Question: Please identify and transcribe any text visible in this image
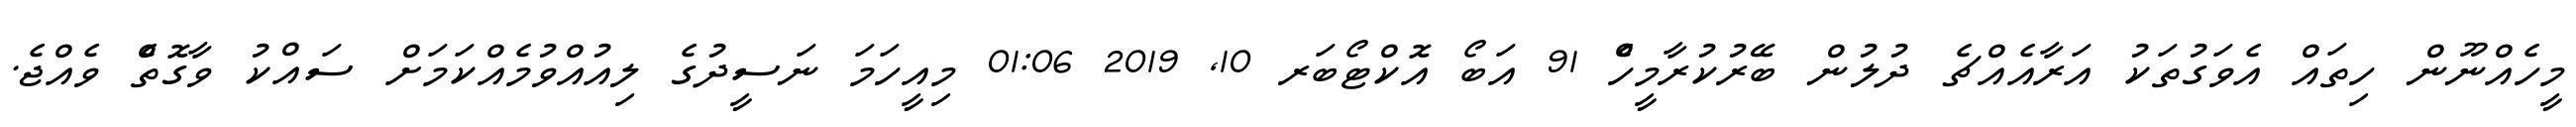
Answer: މީހެއްނޫން ހިތައް އެވަގުތަކު އަރާއެއްޗެ ދުލުން ބޭރުކުރާމީހެް 91 އަބޯ އޮކްޓޯބަރ 10, 2019 01:06 މިއީހަމަ ނަސީދުގެ ލިއުއްވުމެއްކަމަށް ސައްކު ވާގޮތެް ވެއްޖެ.